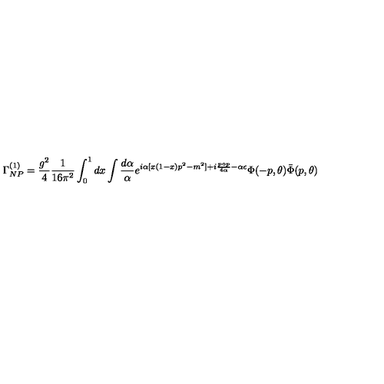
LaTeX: \Gamma _ { N P } ^ { ( 1 ) } = \frac { g ^ { 2 } } { 4 } \frac { 1 } { 1 6 \pi ^ { 2 } } \int _ { 0 } ^ { 1 } d x \int \frac { d \alpha } { \alpha } e ^ { i \alpha [ x ( 1 - x ) p ^ { 2 } - m ^ { 2 } ] + i \frac { p \circ p } { 4 \alpha } - \alpha \epsilon } \Phi ( - p , \theta ) \bar { \Phi } ( p , \theta )